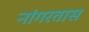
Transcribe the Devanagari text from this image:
नांगरतास